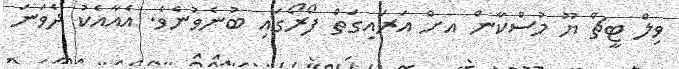
ވިލް ޓީޗް ޔޫ މުސްކާން އށް އަރައިގަތް ފޯރޯގައި ބުނެވުނެވެ. އެއާއެކު ދެވަނަ